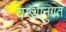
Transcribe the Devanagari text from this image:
वम्शानुगत